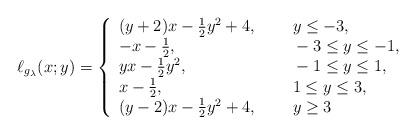
LaTeX: \begin{align*}\ell_{g_\lambda}(x;y)=\left\{\begin{array}{ll}(y+2)x-\frac{1}{2}y^2+4,~~& ~~y\leq -3,\\-x-\frac{1}{2}, & ~~-3\leq y\leq -1,\\yx-\frac{1}{2}y^2, & ~~-1\leq y\leq 1,\\x-\frac{1}{2},& ~~1\leq y\leq 3,\\(y-2)x-\frac{1}{2}y^2+4,& ~~y\geq 3\end{array}\right.\end{align*}